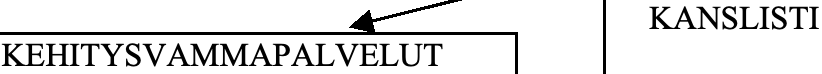
KANSLISTI KEHITYSVAMMAPALVELUT